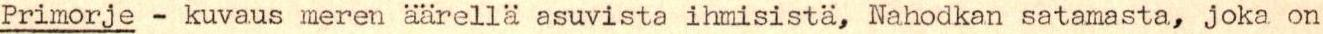
Primorje - kuvaus meren äärellä asuvista ihmisistä, Nahodkan satamasta, joka on